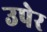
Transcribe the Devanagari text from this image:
उपेर